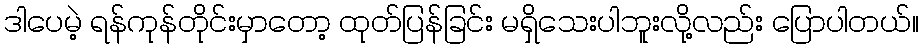
ဒါပေမဲ့ ရန်ကုန်တိုင်းမှာတော့ ထုတ်ပြန်ခြင်း မရှိသေးပါဘူးလို့လည်း ပြောပါတယ်။